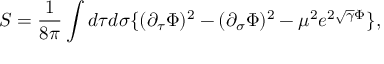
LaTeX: S = { \frac { 1 } { 8 \pi } } \int d \tau d \sigma \{ ( \partial _ { \tau } \Phi ) ^ { 2 } - ( \partial _ { \sigma } \Phi ) ^ { 2 } - \mu ^ { 2 } e ^ { 2 \sqrt { \gamma } \Phi } \} ,